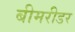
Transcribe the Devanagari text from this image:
बीमरीडर